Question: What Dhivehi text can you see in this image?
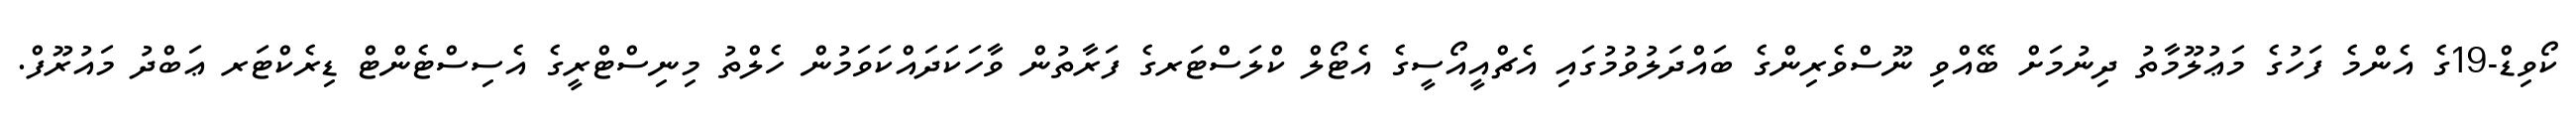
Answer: ކޯވިޑް-19ގެ އެންމެ ފަހުގެ މަޢުލޫމާތު ދިނުމަށް ބޭއްވި ނޫސްވެރިންގެ ބައްދަލުވުމުގައި އެޗްއީއޯސީގެ އެޓޯލް ކްލަސްޓަރގެ ފަރާތުން ވާހަކަދައްކަވަމުން ހެލްތު މިނިސްޓްރީގެ އެސިސްޓެންޓް ޑިރެކްޓަރ ޢަބްދު މައުރޫފް.